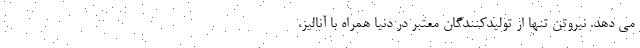
می دهد. نیروتن تنها از تولیدکنندگان معتبر در دنیا همراه با آنالیز،